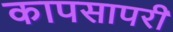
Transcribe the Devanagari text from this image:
कापसापरी